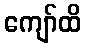
ကျော်ထိ